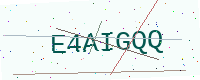
Text: E4AIGQQ